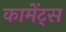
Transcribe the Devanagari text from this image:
कामेंट्स